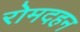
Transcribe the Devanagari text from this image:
रोमदहन